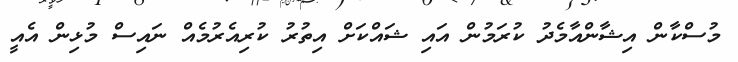
މުސްކާން އިޝާންއާމެދު ކުރަމުން އައި ޝައްކަށް އިތުރު ކުރިއެރުމެއް ނައިސް މުޅިން އެއީ